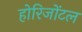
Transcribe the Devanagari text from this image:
होरिजोंटल